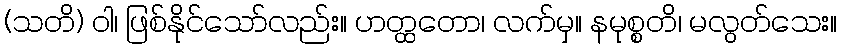
(သတိ) ဝါ၊ ဖြစ်နိုင်သော်လည်း။ ဟတ္ထတော၊ လက်မှ။ နမုစ္စတိ၊ မလွတ်သေး။